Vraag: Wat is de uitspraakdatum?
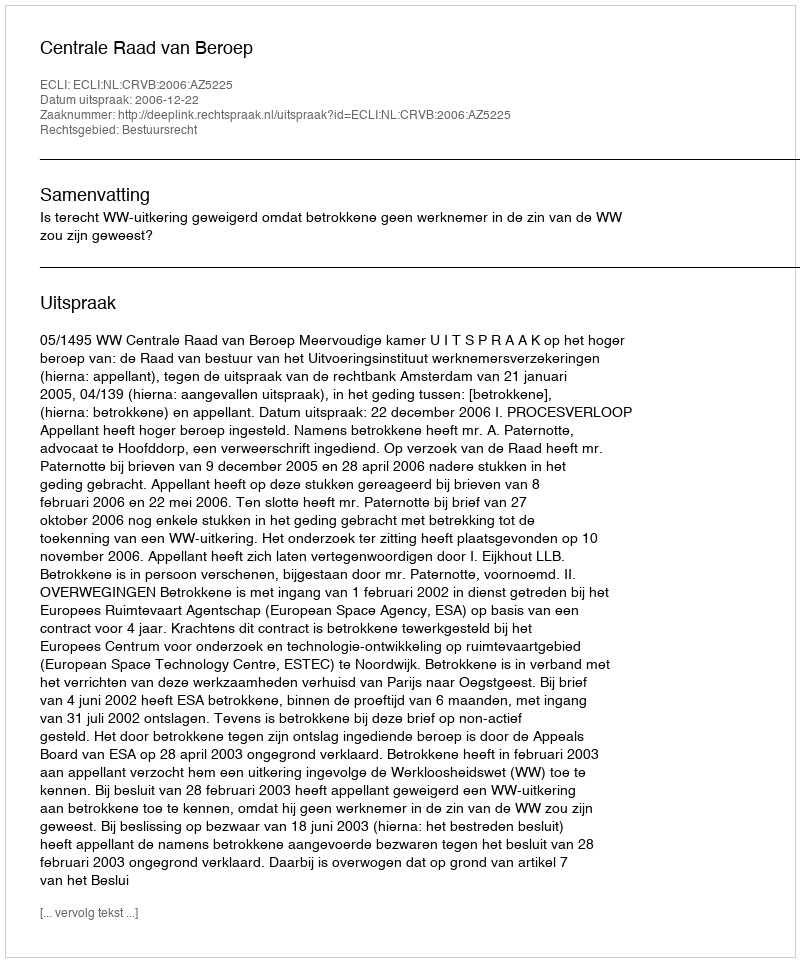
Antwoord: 2006-12-22